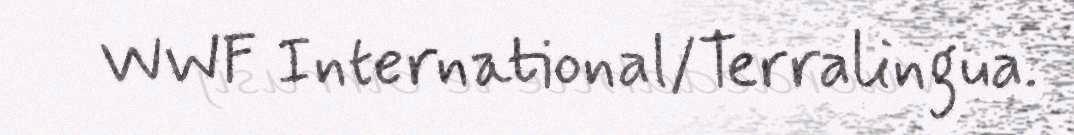
WWF International/Terralingua.